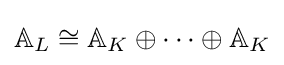
\mathbb {A} _{L}\cong \mathbb {A} _{K}\oplus \cdots \oplus \mathbb {A} _{K}